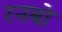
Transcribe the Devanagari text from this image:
रनबो